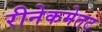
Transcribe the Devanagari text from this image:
रीनेकमेतट